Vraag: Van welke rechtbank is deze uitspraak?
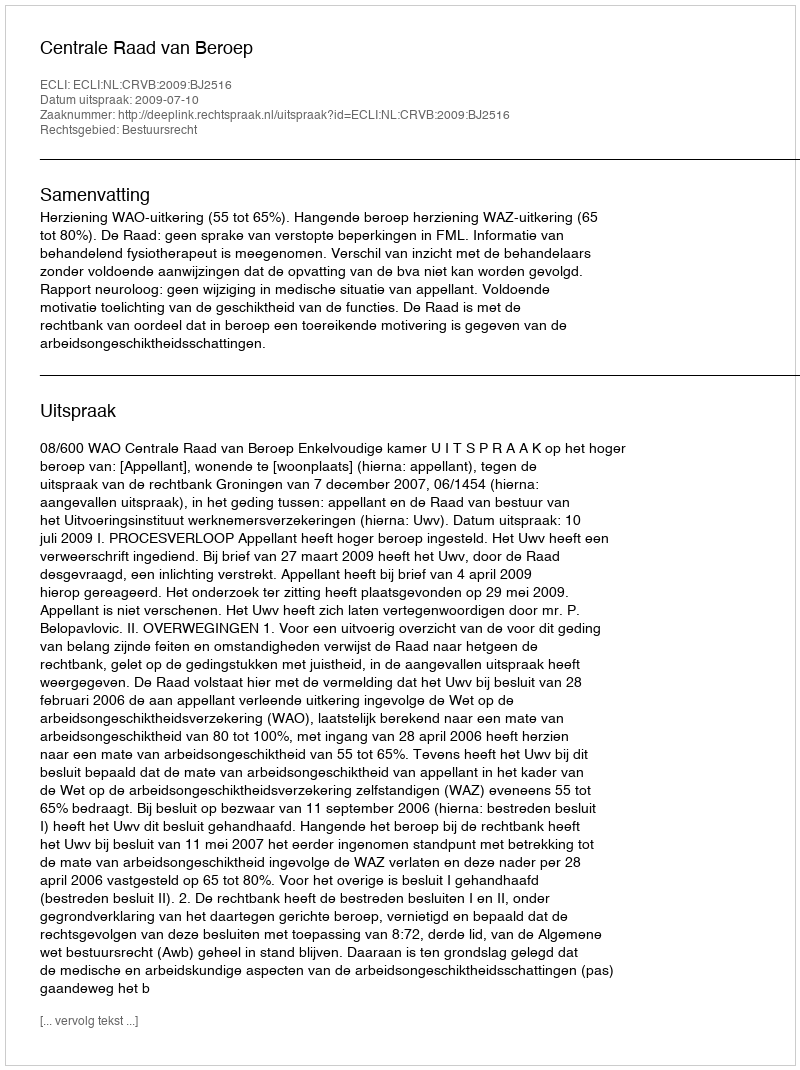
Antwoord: Centrale Raad van Beroep